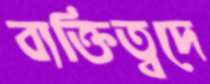
ব্যক্তিত্বদে